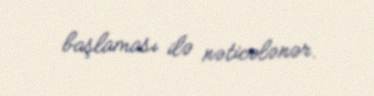
başlaması ilə nəticələnər.